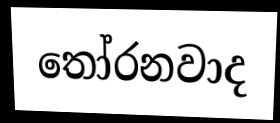
තෝරනවාද